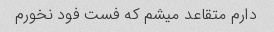
دارم متقاعد میشم که فست فود نخورم